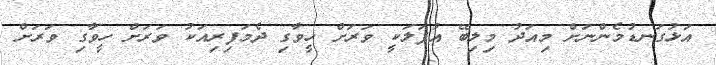
އަޅުގަނޑުމެންނަށް މިއަދު މިލިބޭ އުފަލަކީ ވަރަށް ހީވާގި ދެމަފިރިއަކު ވަރަށް ހީވާގި ވަރަށް